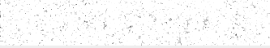
ទើបចេញជាពាក្យថាផ្ទេរ